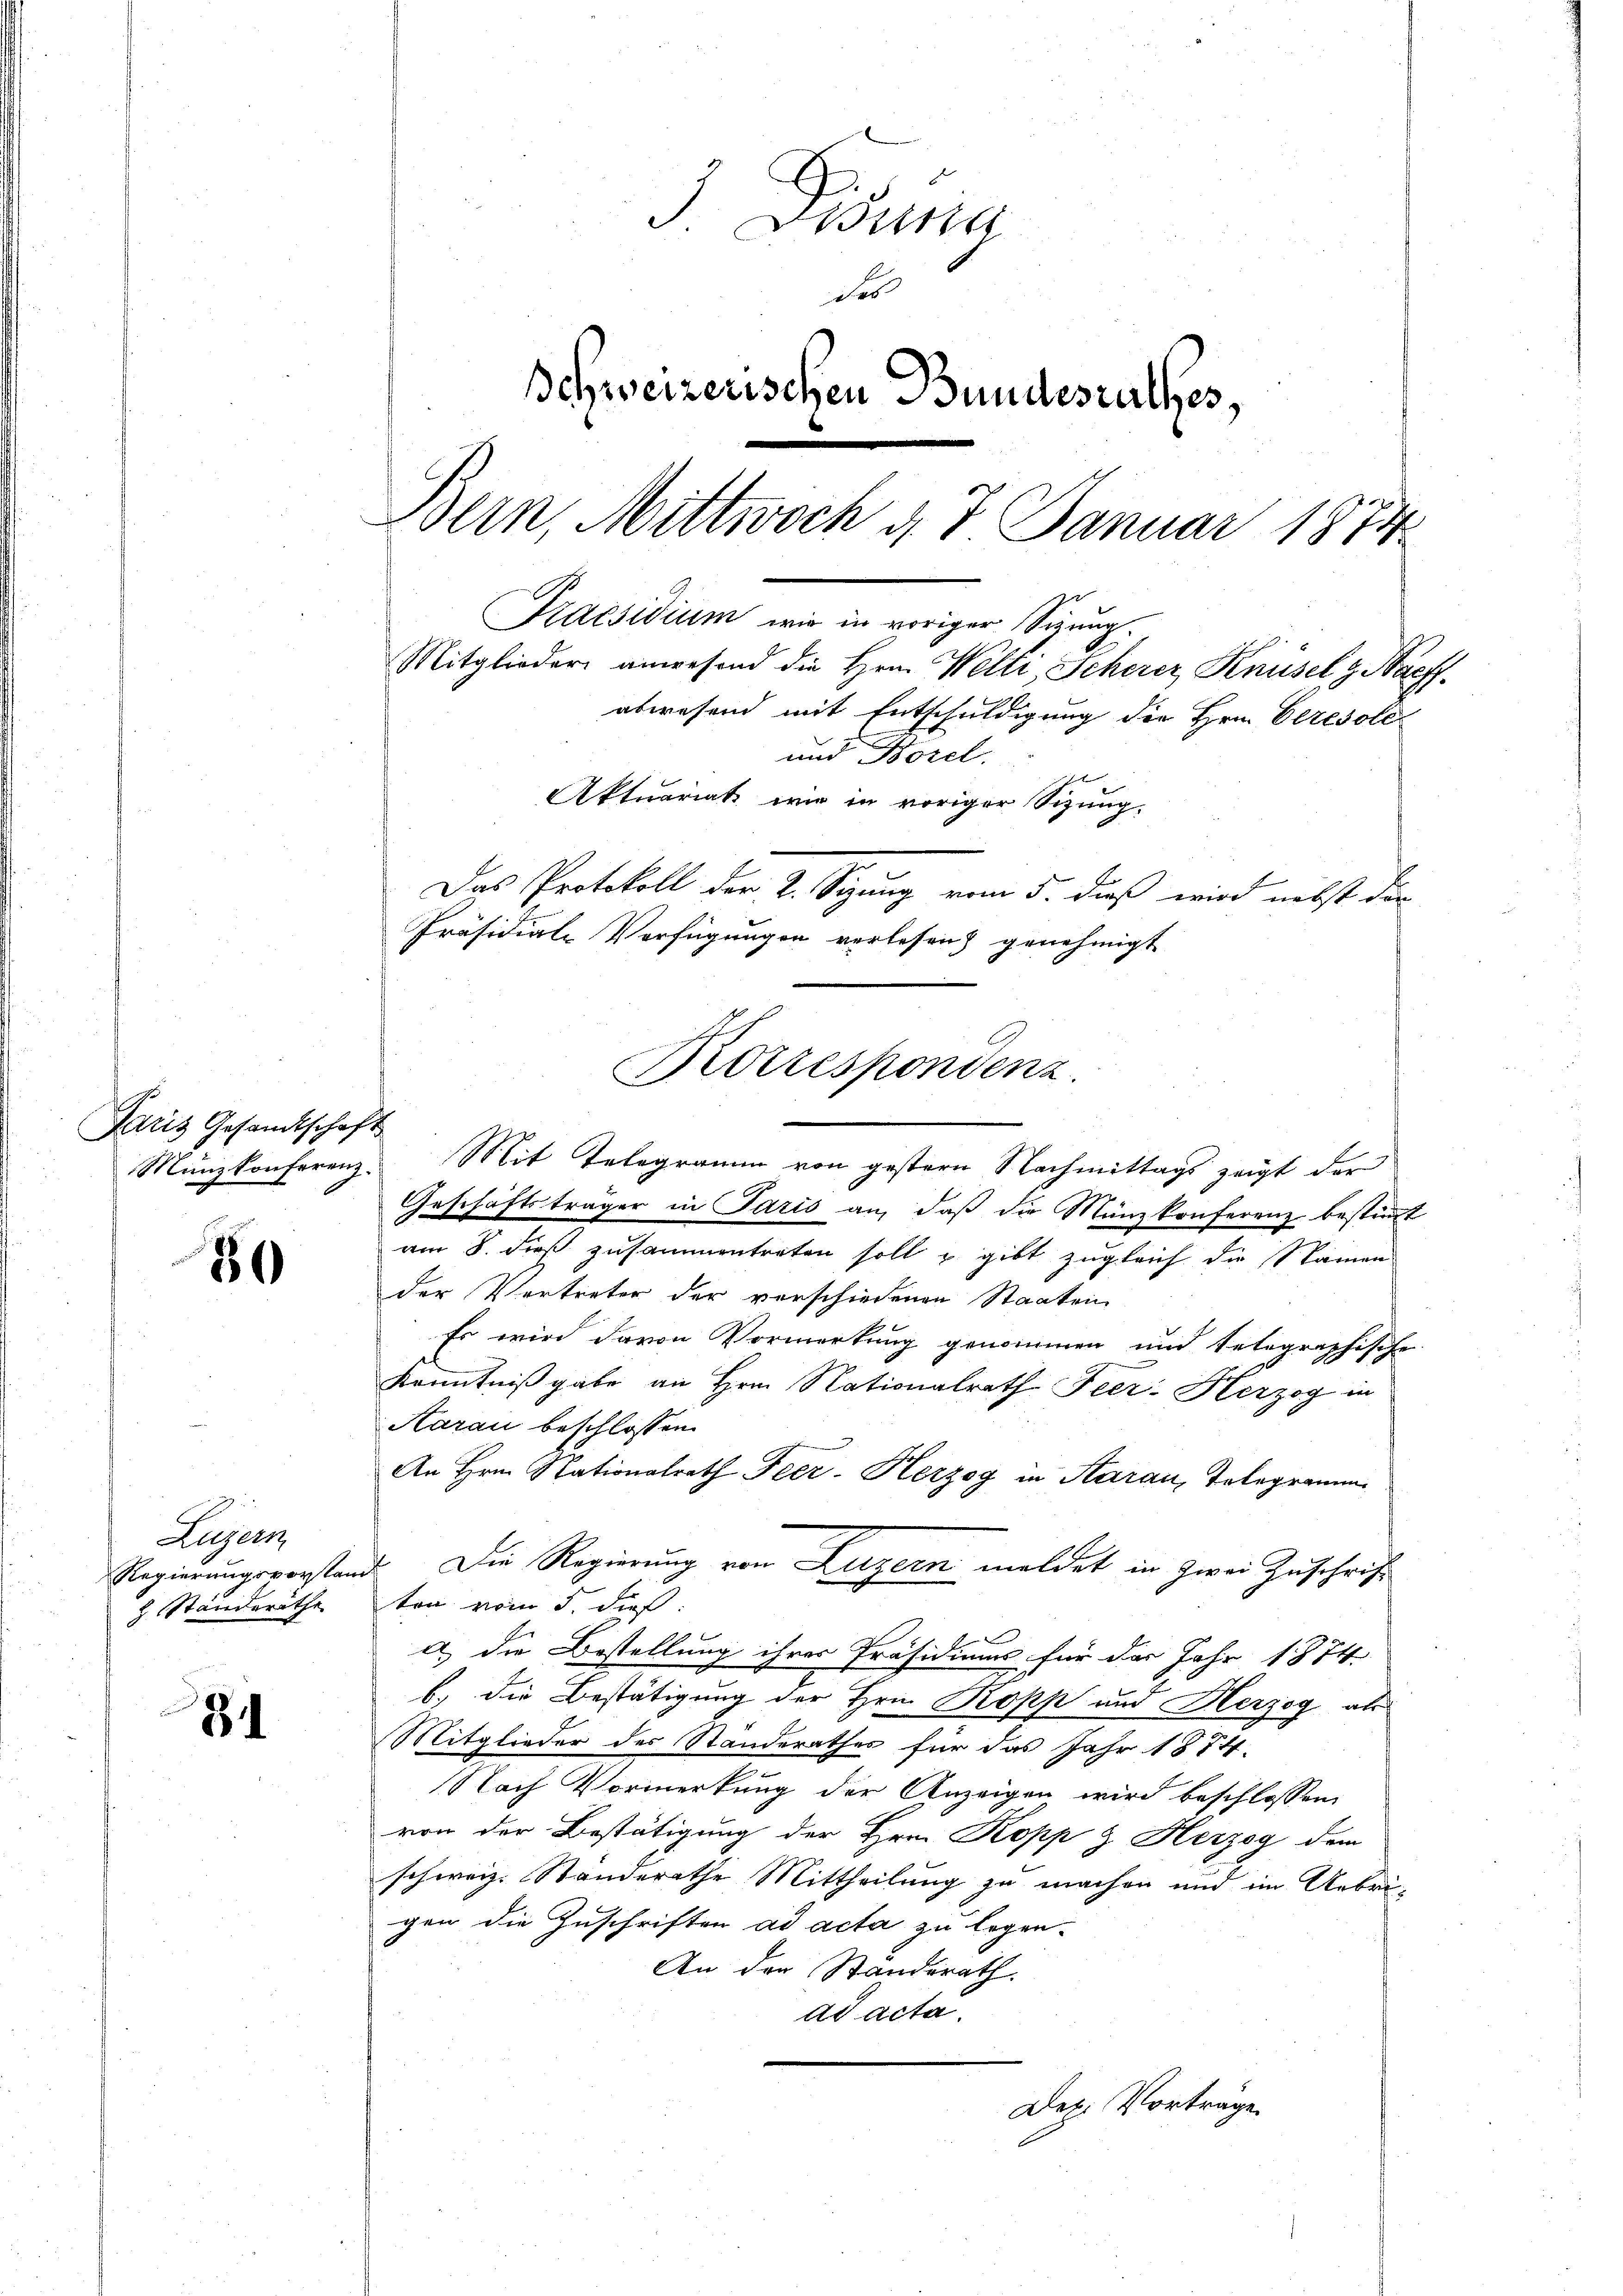
Paris Gesandtschaft
Münzkonferenz

30

Augen
Regierungsvorstan
H Standeräthe

8

J. Disena
des
Schweizerischen Bundesrathes,
Bern, Mittwoch d. 7. Januar 1874
Praesidium wir in voriger Sizung.
Mitglieder anwesend die Hrn. Welti, Scherer Knüsel g. Nachabwesend mit Entschuldigung die Hrn. Elzesole
und Kozel.
Aktuariat wie in voriger Schmug-
Das Protokoll der 2. Sizung vom 5. dieß wird nebst die
Präsidial-Verfügungen verlesen) genehmigt

Korrespondenz
.

Mit Telegramm von gestern Nachmittags zeigt der
Geschäftsträger in Paris an, daβ die Münzkonferenz bestimmt
am 8. dieß zusammentreten soll u gibt zugleich die Namen
der Vertreter der verschiedenen Staaten
Es wird davon Vormerkung genommen und telegraphische
Kenntniß gabe an Hrn. Nationalrath Feer: Herzog in
Aarau beschlossen:
An Hrn. Nationalrath Peer- Herzog in Aarau, Telegramm
d. Die Regierung von Luzern meldet in zwei Zuschrift
ten vom 5. dieß:
a) die Bestellung ihrer Präsidiums für das Jahr 1874
b.) die Bestätigung der Hrn. Kopp und Herzog als
Mitglieder des Standerathes für das Jahr 1874.
Nach Vormerkung der Anzeigen wird beschlossen,
von der Bestätigung der Hrn. Kopp & Herzog dem
schweiz. Standerathe Mittheilung zu machen und im Uebrigen die Zuschriften ad acta zu legen-
An der Standerath.
ad acta.
Dex. Vorträge